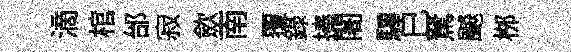
滴棺邰寂歛南覆錄捧闍驆巳駑飇桞